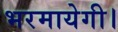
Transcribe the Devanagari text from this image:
भरमायेगी।